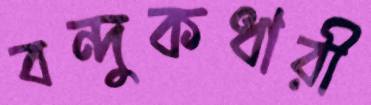
বন্দুকধারী